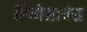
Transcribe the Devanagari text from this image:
जियोसायंस